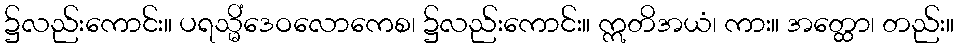
၌လည်းကောင်း။ ပရသ္မိံဒေဝလောကေစ၊ ၌လည်းကောင်း။ ဣတိအယံ၊ ကား။ အတ္ထော၊ တည်း။